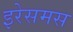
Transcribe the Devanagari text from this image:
इरेसमस